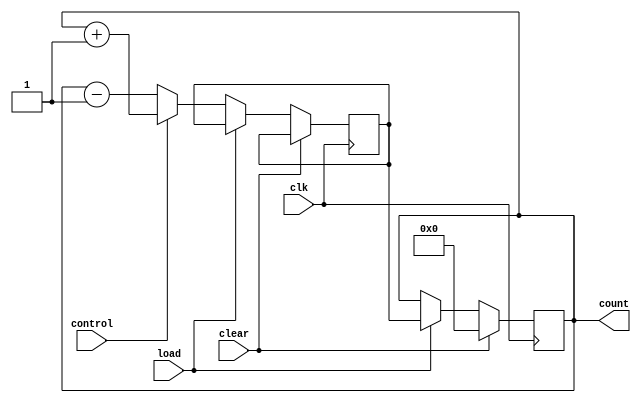
module UpDownCounter (
    input wire clk,         // synchronous clock input
    input wire clear,       // clear input to reset count
    input wire load,        // load input to load predetermined count
    input wire control,     // control input for increment/decrement
    output reg [7:0] count  // output count value
);

reg [7:0] next_count;

always @(posedge clk) begin
    if (clear) begin
        count <= 8'b00000000;
    end
    else if (load) begin
        count <= next_count;
    end
    else begin
        if (control) begin
            next_count = count + 1;
        end
        else begin
            next_count = count - 1;
        end
    end
end

endmodule